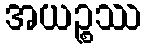
အယဉ္စဿ